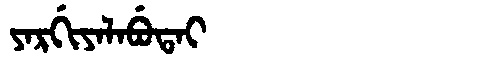
Manchu: ᠶᠠᡵᡤᡳᠶᠠᠯᠠᠪᡠᡨᠠᡳ
Romanization: YARGIYALABUTAI